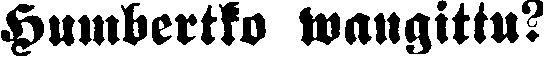
Humbertko wangittu?